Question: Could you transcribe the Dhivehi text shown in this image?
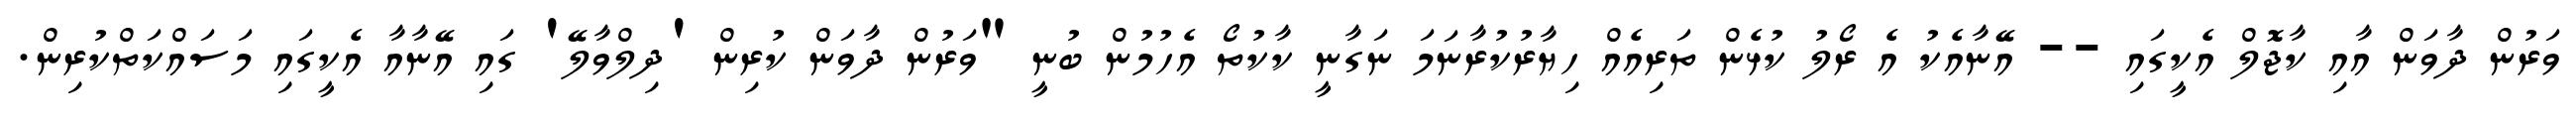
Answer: ވަރުން ދާވަން އާއި ކާޖޮލް އެކީގައި -- އޭނާއެކު އެ ރޯލު ކުޅެން ތަރިއެއް ހިޔާރުކުރާނަމަ ނަގާނީ ކާކުތޯ އެހުމުން ބުނީ "ވަރުން ދާވަން ކުރިން 'ދިލްވާލޭ' ގައި އޭނާއާ އެކީގައި މަސައްކަތްކުރިން.